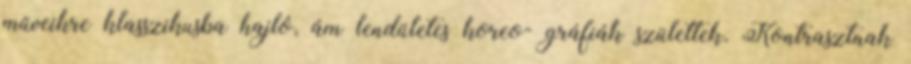
műveikre klasszikusba hajló, ám lendületes koreo- gráfiák születtek. Kontrasztnak